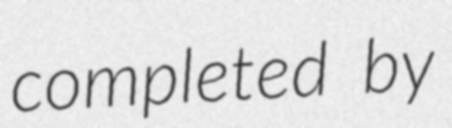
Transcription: completed by